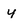
Character: y